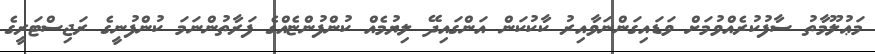
މަޢުލޫމާތު ސާފުކުރެއްވުމަށް ވަޑައިގަންނަވާއިރު ކާކުކަން އަންގައިދޭ ލިޔުމެއް ކުންފުންޏެއްގެ ފަރާތުންނަމަ ކުންފުނީގެ ރަޖިސްޓަރީގެ